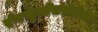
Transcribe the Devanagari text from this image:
रंगभूमीसंबंधीच्या